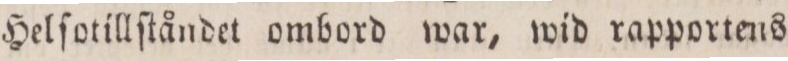
Helſotillſtåndet ombord war, wid rapportens